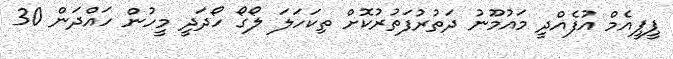
ޕީޕީއެމް އުފެއްދީ މައުމޫނު ދަތުރުފަތުރުކޮށް ތިކަހަލަ ލޯގޯ ހޯދަދީ މީހުން ހައްދަން 30